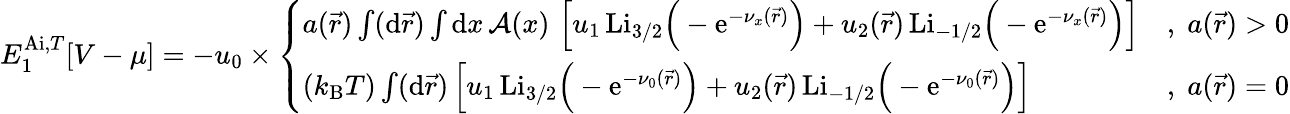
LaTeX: \begin{array}{r}{E_{1}^{\mathrm{Ai},T}[V-\mu]=-u_{0}\times\left\{ \begin{array}{ll}{a(\vec{r})\int(\mathrm{d}\vec{r})\int\mathrm{d}x\, \mathcal{A}(x)\, \left[u_{1}\, \mathrm{Li}_{3/2}\Big(-\mathrm{e}^{-\nu_{x}(\vec{r})}\Big)+u_{2}(\vec{r})\, \mathrm{Li}_{-1/2}\Big(-\mathrm{e}^{-\nu_{x}(\vec{r})}\Big)\right]}&{,\; a(\vec{r})>0}\\ {(k_{\mathrm{B}}T)\int(\mathrm{d}\vec{r})\left[u_{1}\, \mathrm{Li}_{3/2}\Big(-\mathrm{e}^{-\nu_{0}(\vec{r})}\Big)+u_{2}(\vec{r})\, \mathrm{Li}_{-1/2}\Big(-\mathrm{e}^{-\nu_{0}(\vec{r})}\Big)\right]}&{,\; a(\vec{r})=0}\end{array}\right.}\end{array}